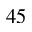
4 5